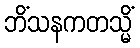
ဘိံသနကတသ္မိံ